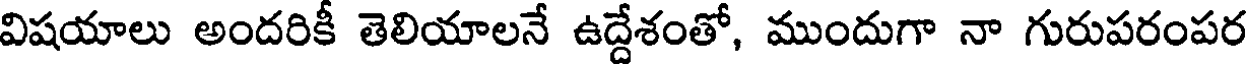
విషయాలు అందరికీ తెలియాలనే ఉద్దేశంతో, ముందుగా నా గురుపరంపర